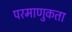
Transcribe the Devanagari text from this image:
परमाणुकता